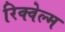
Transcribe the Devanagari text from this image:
रिक्वेल्म